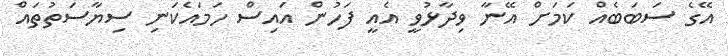
އޭގެ ސަބަބެއް ކަމަށް އޭނާ ވިދާޅުވީ އެއީ ފަހުން އައިސް ހަމައެކަނި ސިޔާސަތުތައް